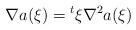
LaTeX: \begin{align*}\nabla a(\xi)={}^t\xi\nabla^2 a(\xi)\end{align*}